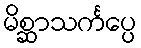
မိစ္ဆာသင်္ကပ္ပေ